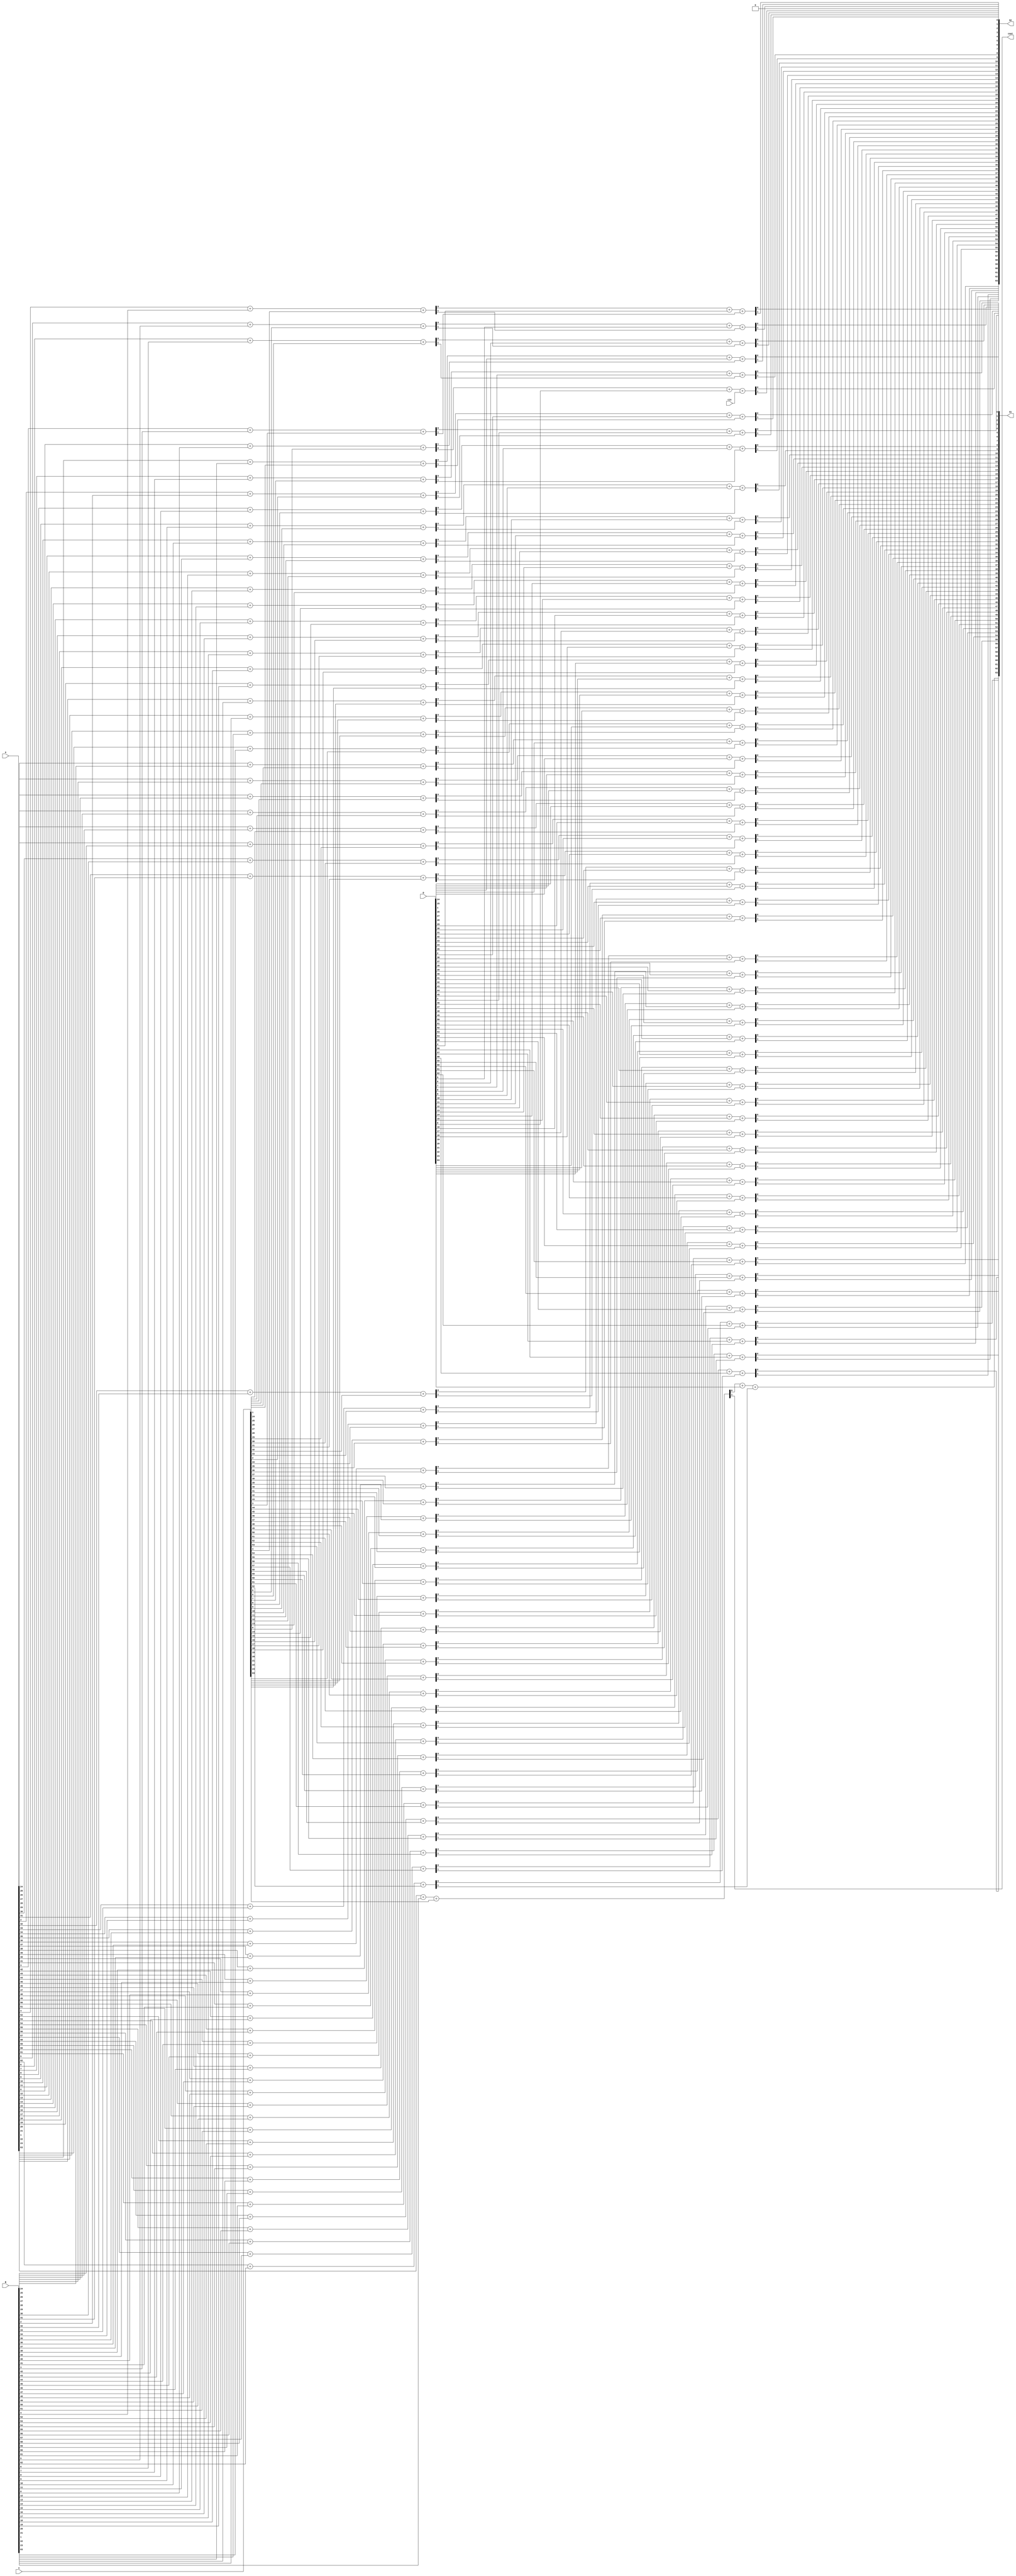
module _42compressor(
	input	[63:0] 	A,
	input	[63:0]	B,
	input	[63:0]	C,
	input	[63:0]	D,
	input			cin,
	output	[63:0]	S1,
	output	[63:0]	S2,
	output			cout
);
	wire	[63:0] C0;
	wire	[63:0]	CI;
	wire	[63:0]	s;
	assign	cout = C0[63];
	assign	CI[0] = cin;
	generate
	genvar	i;
	for(i = 0;i < 63;i = i+1)
	begin
		assign {C0[i],s[i]} = A[i] + B[i] + C[i];
		assign	{S2[i+1],S1[i]} = s[i] + D[i] + CI[i];
		assign	CI[i+1] = C0[i];
	end
	assign {C0[63],s[63]} = A[63] + B[63] + C[63];
	assign	S1[63] = s[63] + D[63] + CI[63];
	assign	S2[0] = 1'b0;
	endgenerate
endmodule